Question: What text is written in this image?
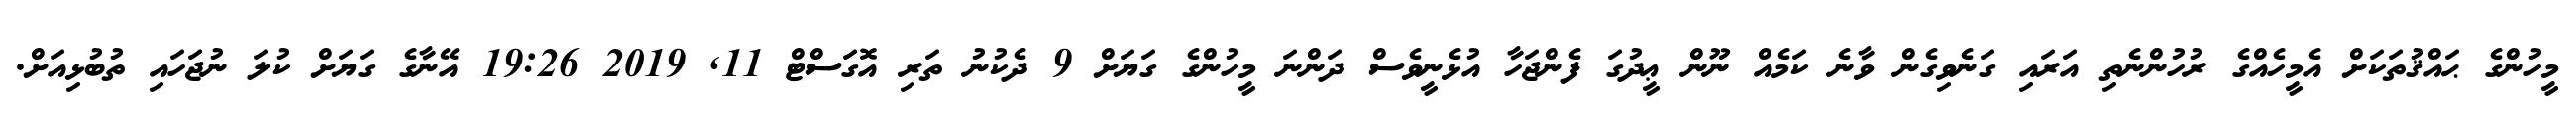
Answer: މީހުންގެ ޙައްޤުތަކަށް އެމީހެއްގެ ރުހުންނެތި އަރައި ގަނެވިގެން ވާނެ ކަމެއް ނޫން ޢީދުގަ ފެންޖަހާ އުޅެނީވެސް ދަންނަ މީހުންގެ ގަޔަށް 9 ދެކުނު ތަރި އޮގަސްޓް 11, 2019 19:26 އޭނާގެ ގަޔަށް ކުލަ ނުޖަހައި ތުބުޅިއަށް.